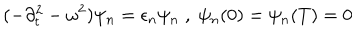
LaTeX: ( - \partial _ { t } ^ { 2 } - \omega ^ { 2 } ) \psi _ { n } = \epsilon _ { n } \psi _ { n } \; , \; \psi _ { n } ( 0 ) = \psi _ { n } ( T ) = 0